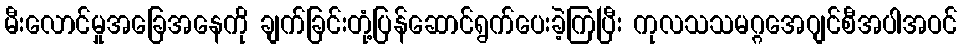
မီးလောင်မှုအခြေအနေကို ချက်ခြင်းတုံ့ပြန်ဆောင်ရွက်ပေးခဲ့ကြပြီး ကုလသသမဂ္ဂအေဂျင်စီအပါအဝင်